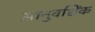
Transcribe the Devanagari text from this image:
आनुवशिंक